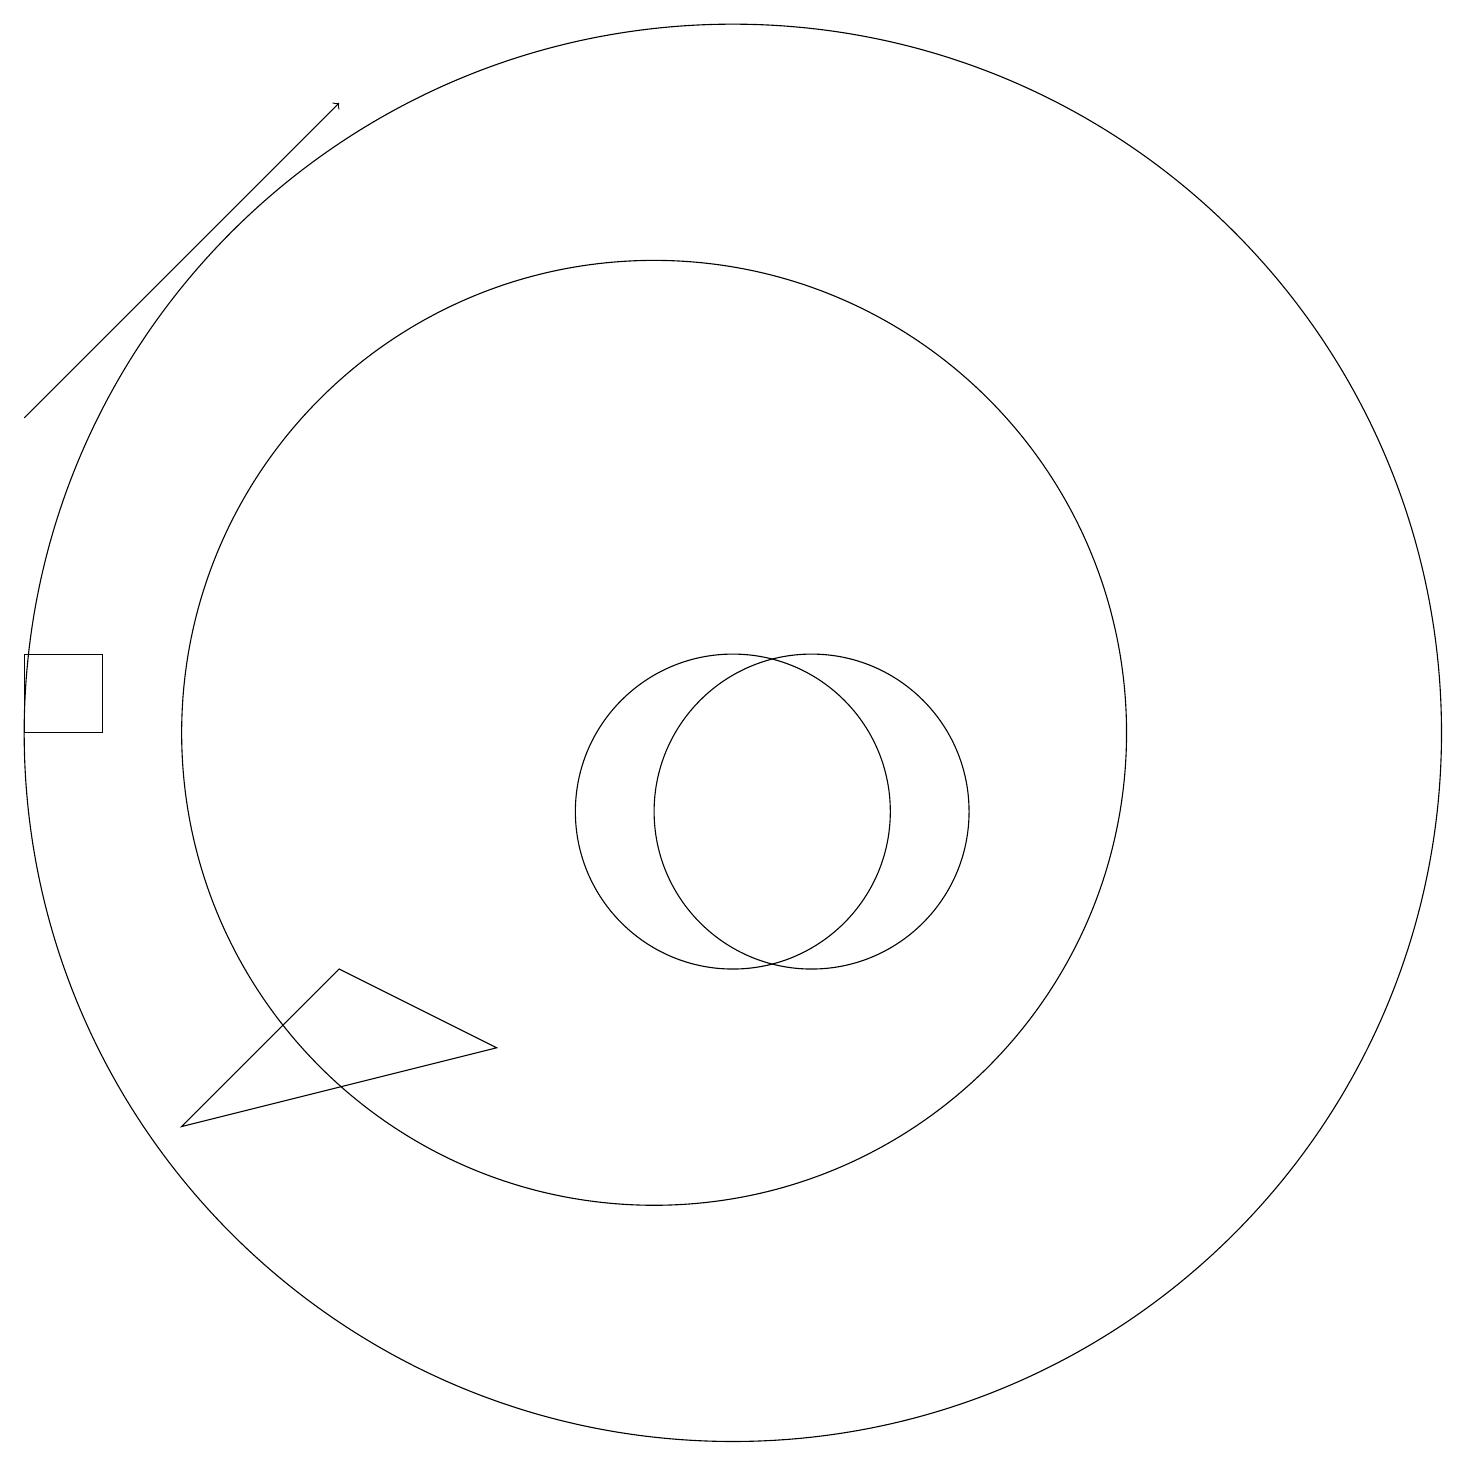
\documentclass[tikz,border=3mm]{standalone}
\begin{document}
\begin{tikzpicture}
\draw (11,11) circle (9);
\draw (10,11) circle (6);
\draw (11,10) circle (2);
\draw[->] (2,15) -- (6,19);
\draw (12,10) circle (2);
\draw (3,11) rectangle (2,12);
\draw (8,7) -- (6,8) -- (4,6) -- cycle;
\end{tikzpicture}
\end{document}